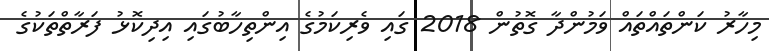
މިހާރު ކަންތައްތައް ވަމުންދާ ގޮތުން 2018 ގައި ވެރިކަމުގެ އިންތިހާބުގައި އިދިކޮޅު ފަރާތްތަކުގެ